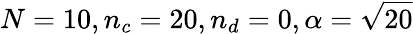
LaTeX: N=10,n_{c}=20,n_{d}=0,\alpha=\sqrt{20}